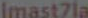
Imast7la